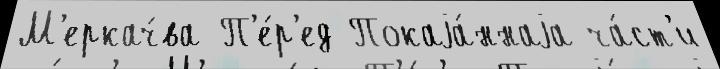
М'еркач́ва П'е́р'ед Покаjа́ннаjа ча́ст'и